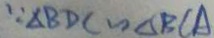
\because \Delta B D C \sim \Delta B C A